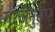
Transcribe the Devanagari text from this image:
गरजेनुरूप